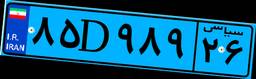
۰۸D۸۸۱۸۳